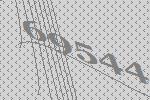
69544